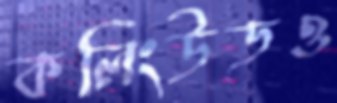
কলিংউডও